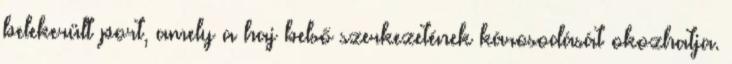
belekerült port, amely a haj belső szerkezetének károsodását okozhatja.